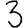
Digit: 3